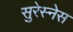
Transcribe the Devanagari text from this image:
सुरेस्नेस